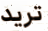
تريد